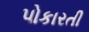
પોકારતી